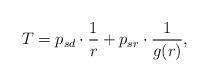
LaTeX: \begin{align*}T = p_{sd} \cdot \frac{1}{r} +p_{sr} \cdot \frac{1}{g(r)}, \end{align*}